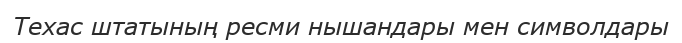
Техас штатының ресми нышандары мен символдары